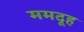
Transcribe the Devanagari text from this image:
ममदूह